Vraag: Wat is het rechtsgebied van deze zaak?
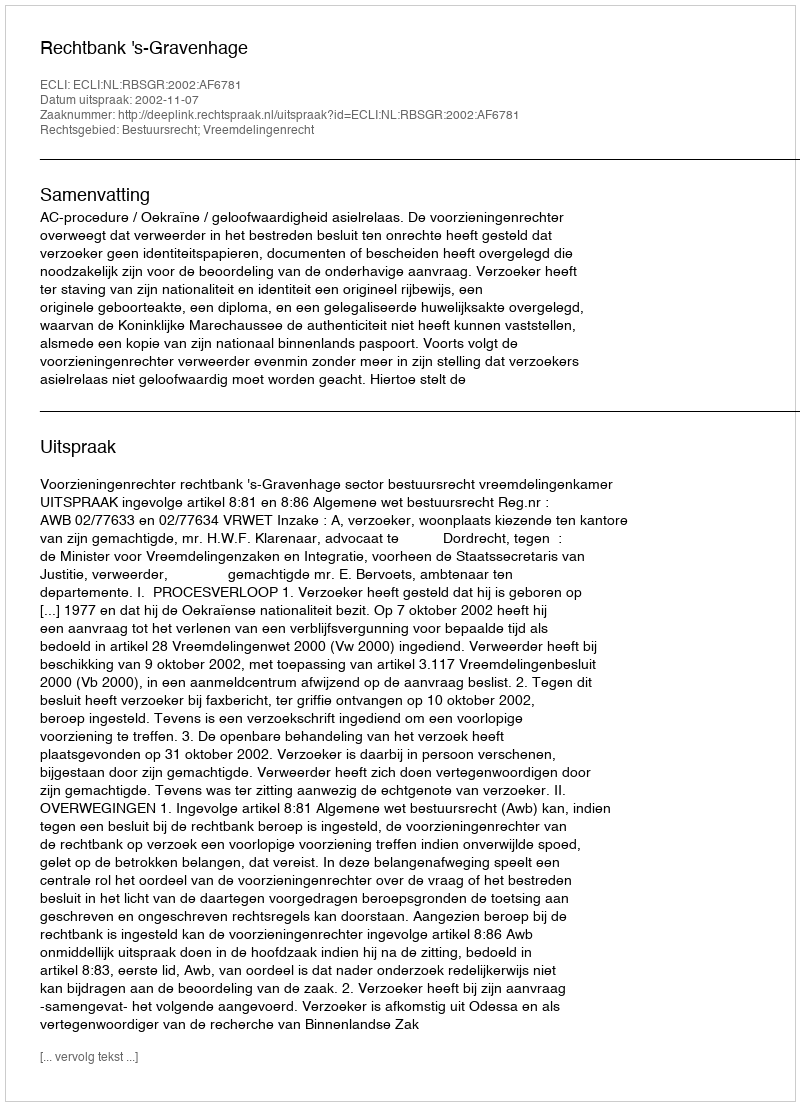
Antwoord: Bestuursrecht; Vreemdelingenrecht